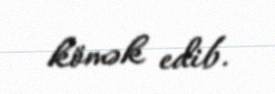
kömək edib.